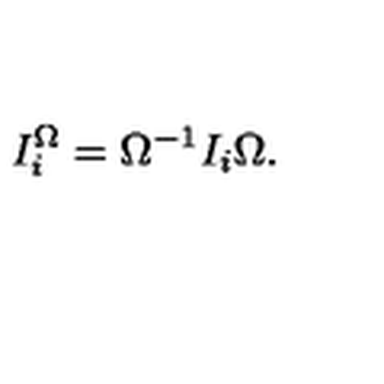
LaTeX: I _ { i } ^ { \Omega } = \Omega ^ { - 1 } I _ { i } \Omega .